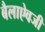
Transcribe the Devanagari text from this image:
बैलाऐवजी